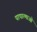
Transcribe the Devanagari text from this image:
पापात्माओं